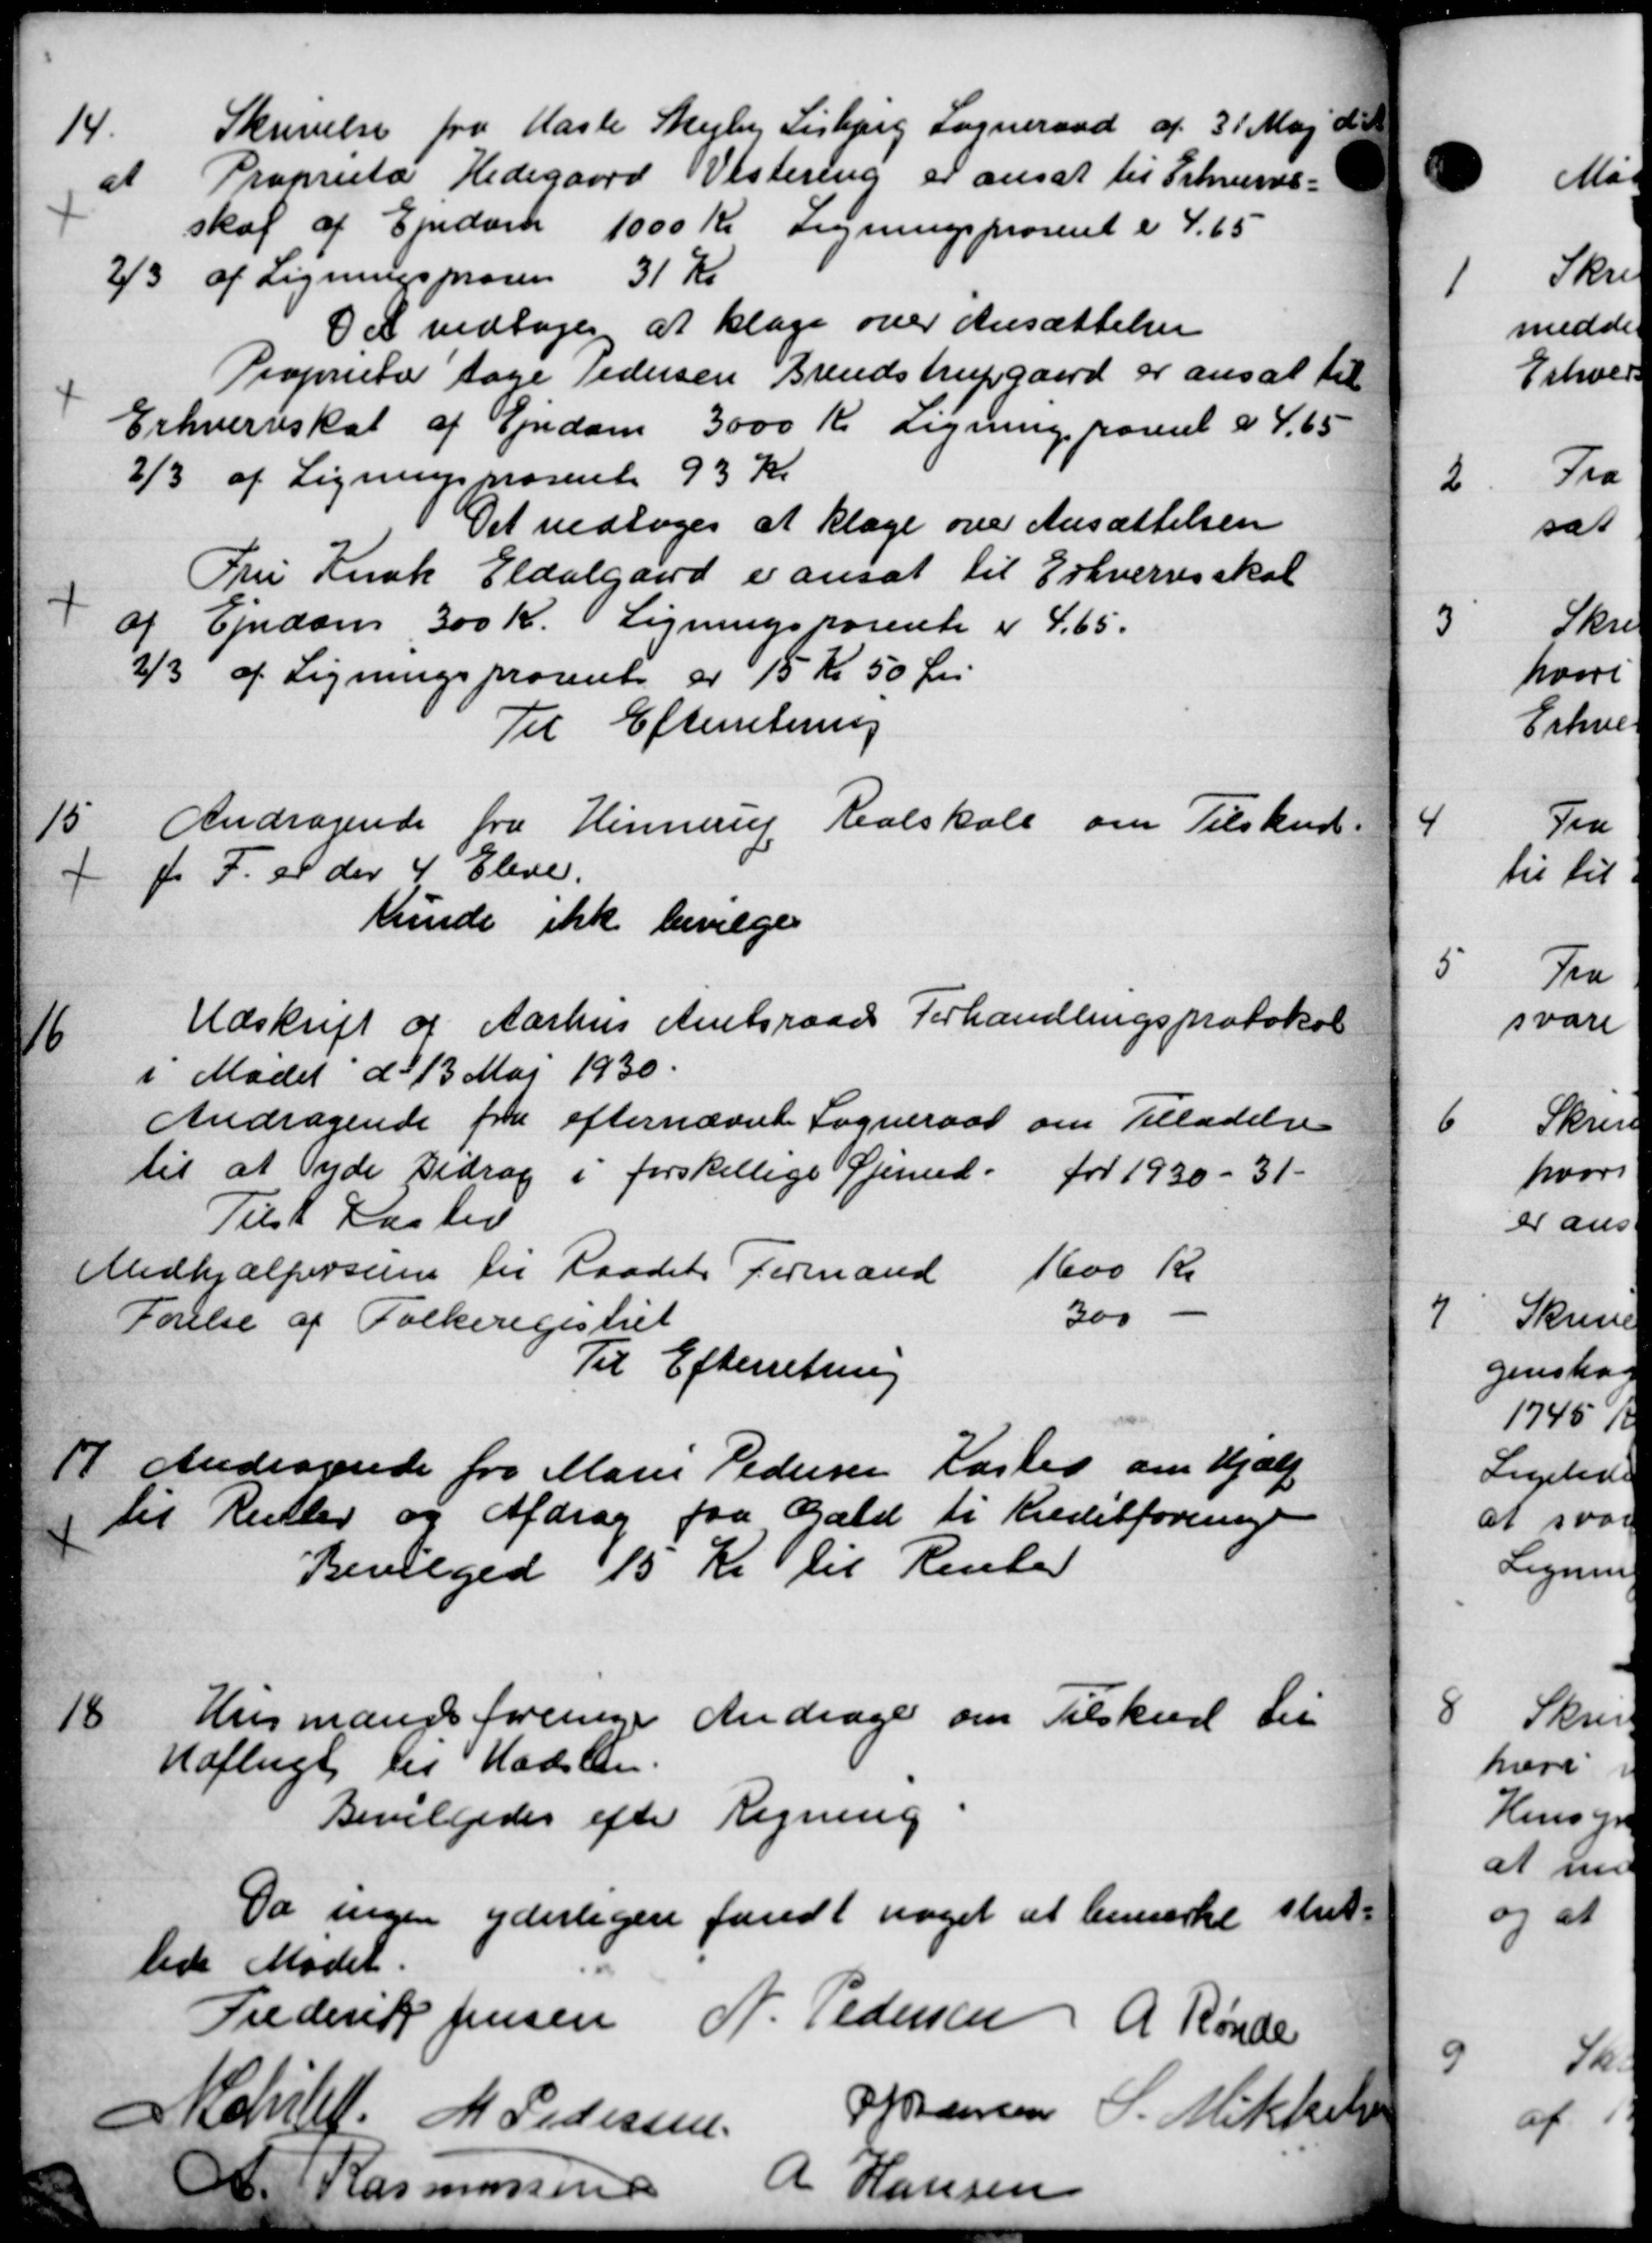
Transskription:
14.
Skrivelse fra Hasle Skejby Lisbjerg Sogneraad af 31 Maj d
at Proprietær Hedegaard Vestering er ansat til Erhvervs-
skat af Ejendom 1000 Kr Ligningsprocent i 4.65
2/3 af Ligningsprosen 31 Kr.
Det vedtoges at klage over Ansættelser
Proprietær tage Pedersen Brendstrupgaard er ansat til
Erhvervsskat af Ejendom 3000 Kr Ligning paseret a 4,65
2/3 af Ligningsprosent 93 Kr.
Det vedtoges at klage over Ansættelsen
Fru Knak Eldalgaard er ansat til Erhvervsskat
af Ejendom 300 Kr. Ligningsporente er 465.
2/3 af Ligningsprocent er 15 Kr 50 Øre
Til Efterretning
15
Andragende fra Hinnerup Realskole om Tilskud.
f. F. er der 4 Eleve
kunde ikke bevilge

Udskrift af Aarhus Amtsraads Forhandlingsprotokol
i Mødet d. 13 Maj 1930.
Andragende fra efternævnte Sogneraad om Tilladelse
til at yde Bidrag i forskellige Øjemed. for 1930-31.
Tilst Kasted
Medhjælpersum til Raadets Formand 1600 Kr.
Førelse af Folkeregistret 300
Til Efterretning
17.
Andragende fra Marie Pedersen Kasted om Hjælp
til Retter og Afdrag fra Gæld til Kreditforeningen
Bevilgede 15 Kr til Renter
18
Husmands foreninge Andrager om Tilskud til
Udflugt til Madslen.
Bevilgedes efter Regning
Da ingen yderligere fandt noget at bemærke slut-
lede Mødet.
Frederik Jensen N. Pedersen A Rønde
A Schild M Pedersen
P. Jensen S. Mikker
Rasmussen
A Hansen